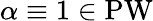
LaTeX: \alpha\equiv 1\in\operatorname{PW}